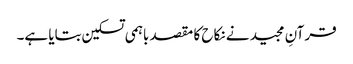
قرآنِ مجید نے نکاح کا مقصد باہمی تسکین بتایا ہے۔